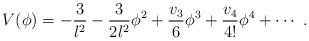
LaTeX: \begin{align*} V(\phi) = - \frac3{l^2} - \frac3{2l^2} \phi^2 + \frac{v_3}{6} \phi^3 + \frac{v_4}{4!} \phi^4 +\cdots~.\end{align*}